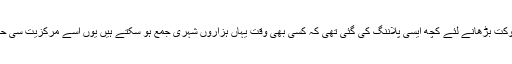
شہر کی شان و شوکت بڑھانے لئے کچھ ایسی پلاننگ کی گئی تھی کہ کسی بھی وقت یہاں ہزاروں شہری جمع ہو سکتے ہیں یوں اسے مرکزیت سی حاصل ہو گئی تھی۔